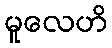
မူလေဟိ